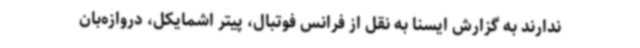
ندارند به گزارش ایسنا به نقل از فرانس فوتبال، پیتر اشمایکل، دروازه‌بان